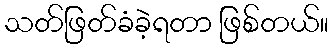
သတ်ဖြတ်ခံခဲ့ရတာ ဖြစ်တယ်။